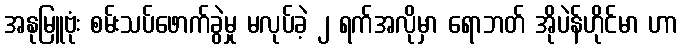
အနုမြူဗုံး စမ်းသပ်ဖောက်ခွဲမှု မလုပ်ခဲ့ ၂ ရက်အလိုမှာ ရောဘတ် အိုပဲန်ဟိုင်မာ ဟာ